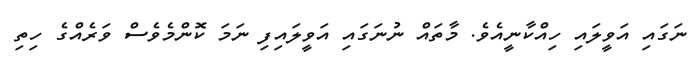
ނަގައި އަވީލައި ހިއްކާނީއެވެ. މާތައް ނުނަގައި އަވީލައިފި ނަމަ ކޮންމެވެސް ވަރެއްގެ ހިތި